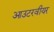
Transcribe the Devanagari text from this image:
आउटरवीयर